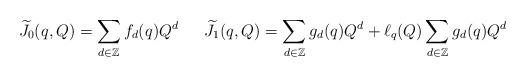
LaTeX: \begin{align*} &\widetilde{J_0}(q,Q) = \sum_{d \in \mathbb{Z}} f_d(q)Q^d &&\widetilde{J_1}(q,Q) = \sum_{d \in \mathbb{Z}} g_d(q)Q^d + \ell_q(Q) \sum_{d \in \mathbb{Z}} g_d(q)Q^d\end{align*}